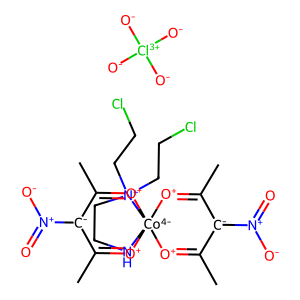
SMILES: CC1=[O+][Co-4]23(NCC[N+]2(CCCl)CCCl)([O+]=C(C)[C-]1[N+](=O)[O-])[O+]=C(C)[C-]([N+](=O)[O-])C(C)=[O+]3.[O-][Cl+3]([O-])([O-])[O-]
Inhibits HIV replication: No